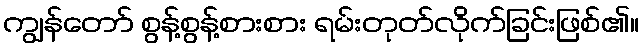
ကျွန်တော် စွန့်စွန့်စားစား ရမ်းတုတ်လိုက်ခြင်းဖြစ်၏။